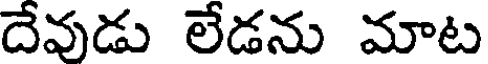
దేవుడు లేడను మాట